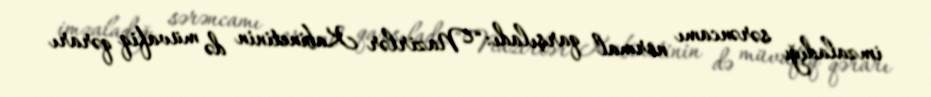
imzaladığı sərəncamı normal qarşıladı: “Nazirlər Kabinetinin də müvafiq qərarı